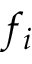
f _ { i }